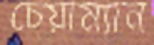
চেয়াম্যান